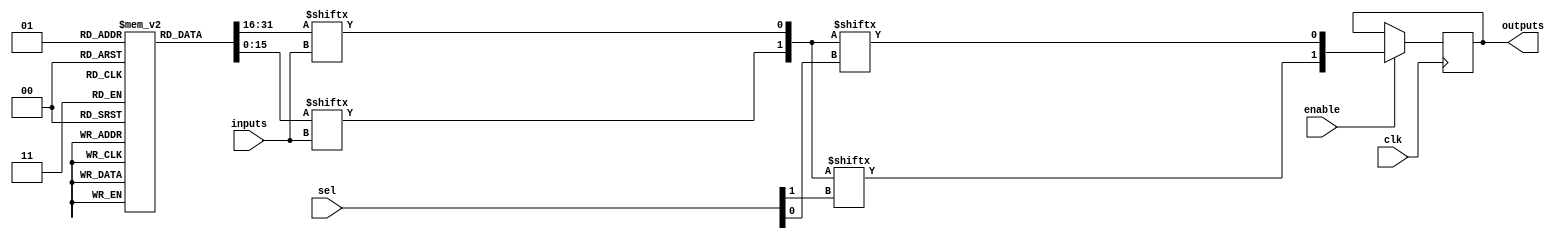
module CLB #(
    parameter N_INPUTS = 4, // Number of inputs per LUT
    parameter NUM_LUTS = 2,  // Number of LUTs in the CLB
    parameter NUM_OUTPUTS = 2 // Number of outputs
)(
    input wire [N_INPUTS-1:0] inputs, // Common Inputs for LUTs
    input wire [NUM_OUTPUTS-1:0] sel,  // Selector for MUXes
    input wire clk,                    // Clock for flip-flops (if used)
    input wire enable,                 // Enable signal for the CLB
    output wire [NUM_OUTPUTS-1:0] outputs // Outputs of the CLB
);

// Look-Up Tables (LUTs)
reg [2**N_INPUTS-1:0] lut [0:NUM_LUTS-1]; // LUTs to store truth tables
wire [NUM_OUTPUTS-1:0] lut_outputs;       // Outputs from LUTs
wire [NUM_OUTPUTS-1:0] mux_outputs;

// Assign example truth tables for each LUT (this would be configured in real designs)
initial begin
    lut[0] = 16'b1010101010101010; // Example truth table for LUT0
    lut[1] = 16'b1100110011001100; // Example truth table for LUT1
end

// Generate LUT outputs
generate
    genvar i;
    for (i = 0; i < NUM_LUTS; i = i + 1) begin : lut_gen
        assign lut_outputs[i] = lut[i][inputs]; // Access the truth table using inputs
    end
endgenerate

// MUX to select outputs based on sel signals
generate
    for (i = 0; i < NUM_OUTPUTS; i = i + 1) begin : mux_gen
        assign mux_outputs[i] = (enable) ? lut_outputs[sel[i]] : 1'b0; // Enable control for outputs
    end
endgenerate

// Flip-Flops to store intermediate results (optional)
reg [NUM_OUTPUTS-1:0] ff_outputs;

always @(posedge clk) begin
    if (enable) begin
        ff_outputs <= mux_outputs; // Store MUX outputs
    end
end

// Final Outputs
assign outputs = ff_outputs;

endmodule